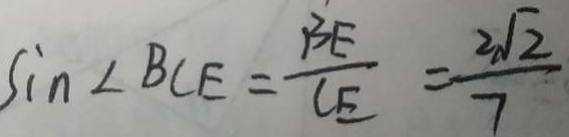
\sin \angle B C E = \frac { B E } { C E } = \frac { 2 \sqrt { 2 } } { 7 }